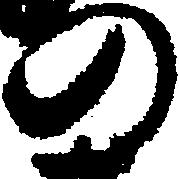
の